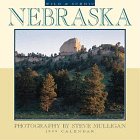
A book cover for Cal 99 Wild & Scenic Nebraska Calendar; Travel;